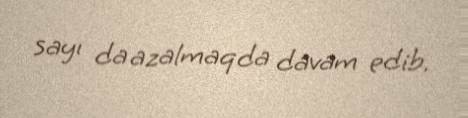
sayı da azalmaqda davam edib.